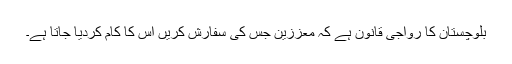
بلوچستان کا رواجی قانون ہے کہ معززین جس کی سفارش کریں اس کا کام کردیا جاتا ہے۔